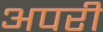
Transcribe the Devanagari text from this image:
अपरी